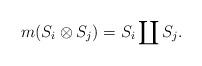
LaTeX: \begin{align*}m(S_i\otimes S_j)=S_i\coprod S_j.\end{align*}